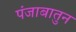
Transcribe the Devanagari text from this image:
पंजाबातुन